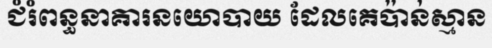
ជំរំពន្ធនាគារនយោបាយ ដែលគេប៉ាន់ស្មាន